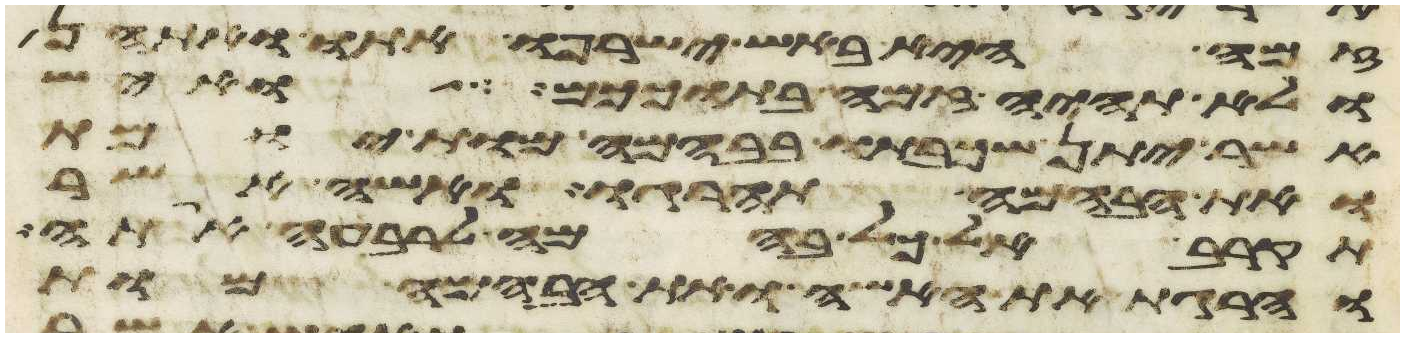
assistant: זמה היא באש ישרפו אתו ואתהן
ולא תהיה זמה בתוככם ואיש
אשר יתן שכבתו בבהמה מות יומת
ואת הבהמה תהרגו ואשה אשר
תקרב אל כל בהמה לרבעה אתה
והרגת את האשה ואת הבהמה מות